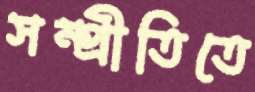
সম্প্রীতিতে